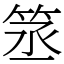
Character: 䇰